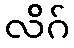
လိဂ်